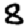
Digit: 8